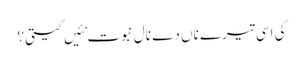
کی اَسی تیرے ناں دے نال نبوت نئیں کیتی؟